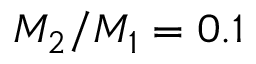
M _ { 2 } / M _ { 1 } = 0 . 1